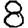
Digit: 8